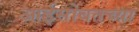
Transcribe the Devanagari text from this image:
आईसोबतच्या